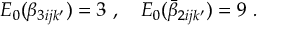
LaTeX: A = \left( \begin{array} { l l l l } { { 0 } } & { { 0 } } & { { 0 } } & { { 1 } } \\ { { 0 } } & { { 0 } } & { { 1 } } & { { 0 } } \\ { { 0 } } & { { 1 } } & { { 0 } } & { { 0 } } \\ { { 1 } } & { { 0 } } & { { 0 } } & { { 0 } } \end{array} \right) \ .